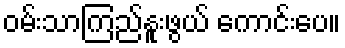
ဝမ်းသာကြည်နူးဖွယ် ကောင်းပေ။